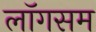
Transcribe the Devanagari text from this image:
लॉगसम